Civil Veterinary Department. United Provinces 1923-31 - 1923-1931
Year: 1923
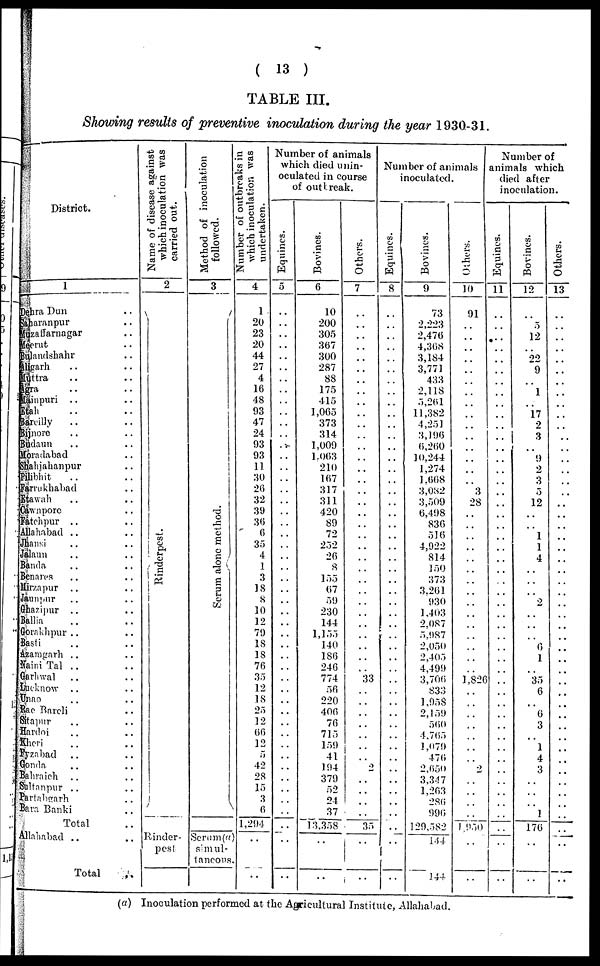
(
13 )
TABLE III.
Showing results of preventive inoculation during the year 1930-31.
District.
1
Dehra Dun ..
Saharanpur ..
Muzaffarnagar .. ..
Meerut .. ..
Bulandshahr .. ..
Aligarh .. ..
Muttra .. ..
Agra .. ..
Mainpuri .. ..
Etah .. ..
Bareilly .. ..
Bijnore .. ..
Budaun .. ..
Moradabad ..
Shahjahanpur ..
Piliblit .. ..
Farrukhabad ..
Etawah .. ..
Cawnpore ..
Fatchpur .. ..
Allahabad .. ..
Jhansi .. ..
Jalaun .. ..
Banda .. ..
Benares .. ..
Mirzapur
..
..
Jaunpur .. ..
Ghazipur .. ..
Ballia .. ..
Gorakhpur .. ..
Basti .. ..
Azaragarh .. ..
Naini
Tal .. ..
Garhwal .. ..
Lucknow
..
..
Unao .. ..
Rae Bareli .. ..
Sitapur .. ..
Hardoi .. ..
Kheri .. ..
Fyzabad .. ..
Gonda .. ..
Bahraich .. ..
Sultanpur .. ..
Partabgarh .. ..
Bara Bank .. ..
Total ..
Allahabad .. ..
Total ..
Name of disease against
which inoculation was
carried out.
2
Rinderpest.
Rinder-
pest
Method of inoculation
followed.
3
Se r
um alone method.
Serum(a)
simul
tancous.
Number of outbreaks in
which inoculation was
undertaken.
4
1
20
23
20
44
27
4
16
48
93
47
24
93
93
11
30
26
32
39
36
6
35
4
1
3
18
8
10
12
79
18
18
76
35
12
18
25
12
66
12
5
42
28
15
3
6
1,294
..
..
Number of animals
which died unin-
oculated in course
of outbreak.
Equincs.
5
..
..
..
..
..
..
..
..
..
..
..
..
..
..
..
..
..
..
..
..
..
..
..
..
..
..
..
..
..
..
..
..
..
..
..
..
..
..
..
..
..
..
..
..
..
..
..
..
..
Bovines.
6
10
200
305
367
300
287
88
175
415
1,065
373
314
1,009
1,063
210
167
317
311
420
89
72
252
26
8
155
67
59
230
144
1,155
140
186
246
774
56
220
406
76
715
159
41
194
379
52
24
37
13,358
..
..
Others.
7
..
..
..
..
..
..
..
..
..
..
..
..
..
..
..
..
..
..
..
..
..
..
..
..
..
..
..
..
..
..
..
..
..
33
..
..
..
..
..
..
..
2
..
..
..
..
35
..
..
Number of animals
inoculated.
Equincs.
8
..
..
..
..
..
..
..
..
..
..
..
..
..
..
..
..
..
..
..
..
..
..
..
..
..
..
..
..
..
..
..
..
..
..
..
..
..
..
..
..
..
..
..
..
..
..
..
..
..
Bovines.
9
73
2,223
2,476
4,368
3,184
3,771
433
2,118
5,261
11,382
4,251
3,196
6,260
10,244
1,274
1,668
3,082
3,509
6,498
836
516
4,922
814
150
..
3,261
930
1,403
2,087
5,987
2,050
2,405
..
3,706
833
1,958
2,159
560
4,765
1,079
476
2,650
3,347
1,263
286
996
129,582
144
144
Others.
10
91
..
..
..
..
..
..
..
..
..
..
..
..
..
..
..
3
28
..
..
..
..
..
..
..
..
..
..
..
..
..
..
..
1,826
..
..
..
..
..
..
..
2
..
..
..
..
1,950
..
..
Number of
animals which
died after
inoculation.
Equincs.
11
..
..
..
..
..
..
..
..
..
..
..
..
..
..
..
..
..
..
..
..
..
..
..
..
..
..
..
..
..
..
..
..
..
..
..
..
..
..
..
..
..
..
..
..
..
..
..
..
..
Bovines.
12
..
5
12
..
22
9
..
1
..
17
2
3
..
9
2
3
5
12
..
..
1
1
4
..
..
..
2
..
..
..
6
1
..
35
6
..
6
3
..
1
4
3
..
..
..
1
176
..
..
Others.
13
..
..
..
..
..
..
..
..
..
..
..
..
..
..
..
..
..
..
..
..
..
..
..
..
..
..
..
..
..
..
..
..
..
..
..
..
..
..
..
..
..
..
..
..
..
..
..
..
..
(a) Inoculation performed at the Agricultural Institute, Allahabad.